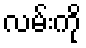
လမ်းကို